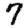
Digit: 7